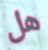
هل